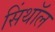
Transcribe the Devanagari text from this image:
सिंथॉल